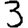
Digit: 3